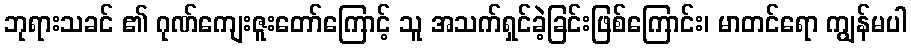
ဘုရားသခင် ၏ ဂုဏ်ကျေးဇူးတော်ကြောင့် သူ အသက်ရှင်ခဲ့ခြင်းဖြစ်ကြောင်း၊ မာတင်ရော ကျွန်မပါ